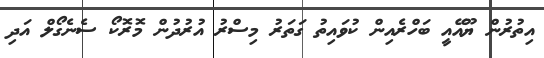
އިތުރުން ޔޫއޭއީ ބަހްރެއިން ކުވައިތު ގަތަރު މިސްރު އުރުދުން މޮރޮކޯ ސެނެގޯލް އަދި